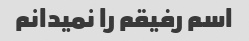
اسم رفیقم را نمیدانم